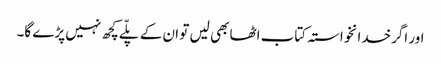
اور اگرخدانخواستہ کتاب اٹھا بھی لیں تو ان کے پلّے کچھ نہیں پڑے گا۔